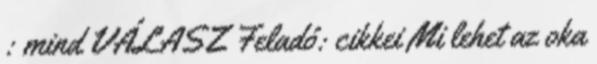
: mind VÁLASZ Feladó: cikkei Mi lehet az oka